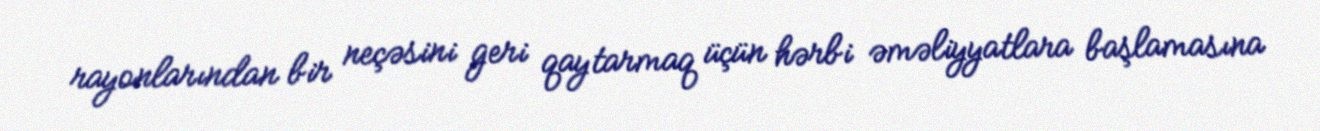
rayonlarından bir neçəsini geri qaytarmaq üçün hərbi əməliyyatlara başlamasına